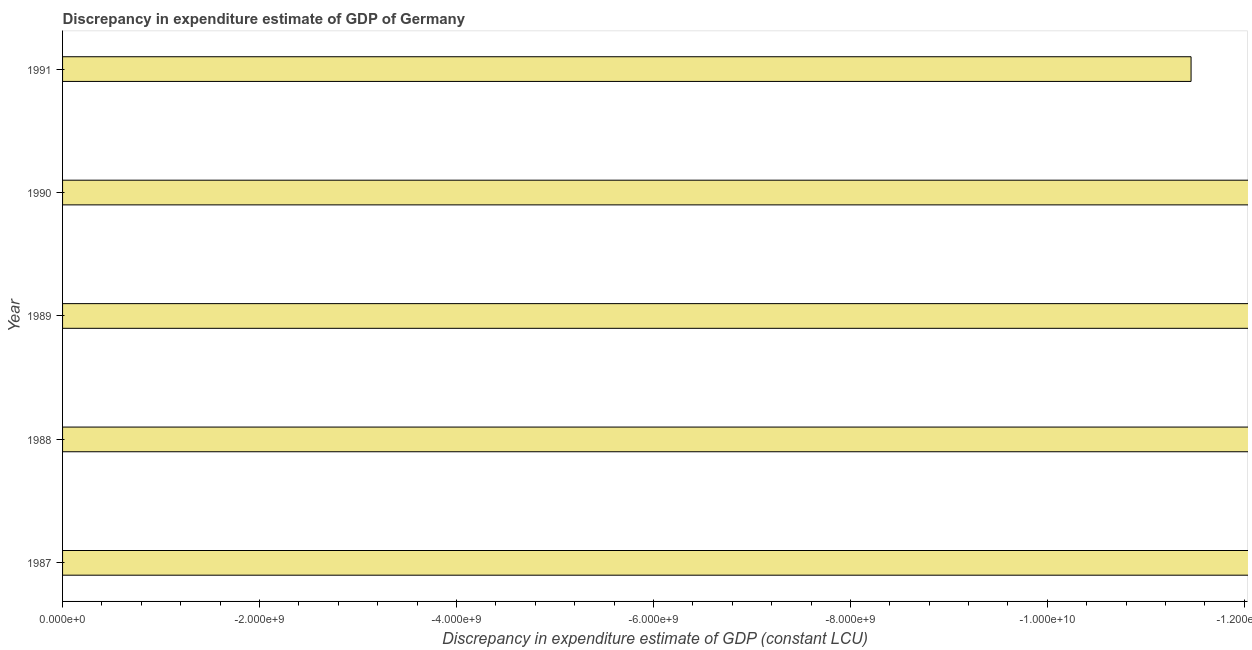
| Year | Discrepancy constant LCU |
 | --- | --- |
 | 1987 | -2.89e+10 |
 | 1988 | -2.82e+10 |
 | 1989 | -2.13e+10 |
 | 1990 | -1.65e+10 |
 | 1991 | -1.15e+10 |